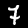
Label: 7